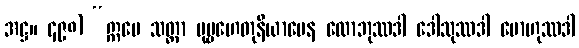
အဋ္ဌ။ ၄၉၈) “ဣမေ သတ္တာ ပုဗ္ဗဟေတုနိယာမေန လောဘုဿဒါ ဒေါသုဿဒါ မောဟုဿဒါ